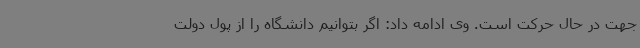
جهت در حال حرکت است. وی ادامه داد: اگر بتوانیم دانشگاه را از پول دولت